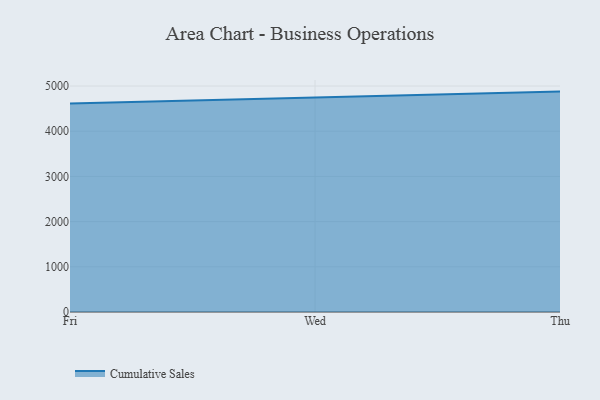
{"axis": {"x": "Day", "y": "Production Output"}, "legend": ["Cumulative Sales"], "data": [{"x": "Fri", "y": 4613.0, "type": "Cumulative Sales"}, {"x": "Wed", "y": 4745.8, "type": "Cumulative Sales"}, {"x": "Thu", "y": 4876.4, "type": "Cumulative Sales"}]}